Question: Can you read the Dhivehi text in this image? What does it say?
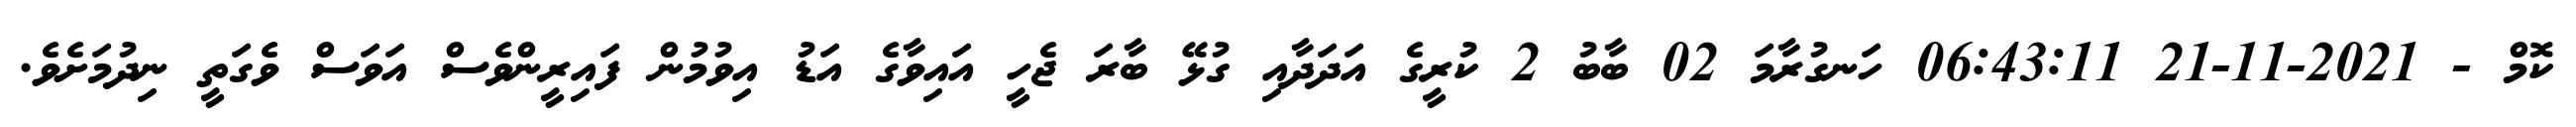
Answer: ކޮމް - 2021-11-21 06:43:11 ހަނގުރާމަ 02 ބާބު 2 ކުރީގެ އަދަދާއި ގުޅޭ ބާރަ ޖެހީ އައިވާގެ އަޑު އިވުމުން ފައިރީންވެސް އަވަސް ވެގަތީ ނިދުމަށެވެ.